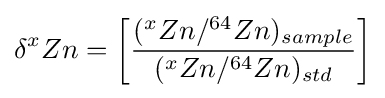
\delta ^{x}Zn=\left[{\frac {(^{x}Zn/^{64}Zn)_{sample}}{(^{x}Zn/^{64}Zn)_{std}}}\right]